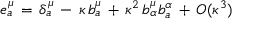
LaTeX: e _ { a } ^ { \mu } \, = \, \delta _ { a } ^ { \mu } \, - \, \kappa \, b _ { a } ^ { \mu } \, + \, \kappa ^ { 2 } \, b _ { \alpha } ^ { \mu } b _ { a } ^ { \alpha } \, + \, O ( \kappa ^ { 3 } )